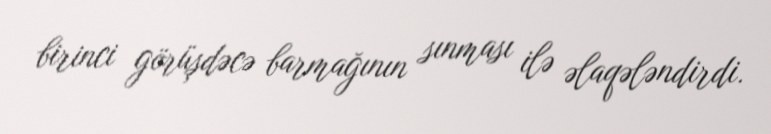
birinci görüşdəcə barmağının sınması ilə əlaqələndirdi.